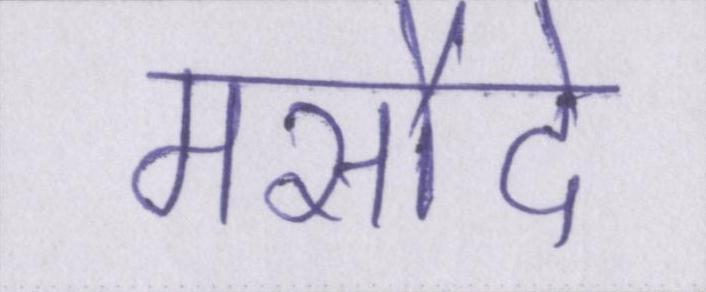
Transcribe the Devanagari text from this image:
मसौदे